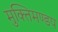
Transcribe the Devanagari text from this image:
मुक्तिमण्डप